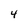
Character: 4